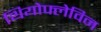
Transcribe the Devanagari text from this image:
थियोफ्लेविन